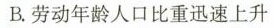
B.劳动年龄人口比重迅速上升